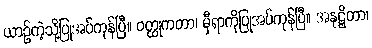
ယာဉ်ကဲ့သို့ပြုအပ်ကုန်ပြီ။ ဝတ္ထုကတာ၊ မှီရာကိုပြုအပ်ကုန်ပြီ။ အနုဋ္ဌိတာ၊